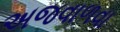
અજવાળવા